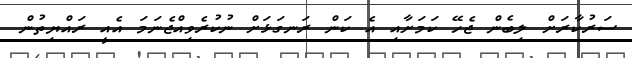
ސަރުކާރަށް ލިބެން ޖެހޭ ކަމަށާއި އެ ކަން ރަނގަޅަށް ނުކުރެވިއްޖެނަމަ އެއީ ރައްޔިތުން